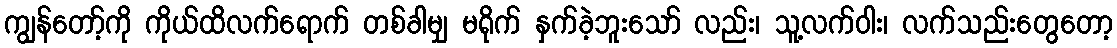
ကျွန်တော့်ကို ကိုယ်ထိလက်ရောက် တစ်ခါမျှ မရိုက် နှက်ခဲ့ဘူးသော် လည်း၊ သူ့လက်ဝါး၊ လက်သည်းတွေတော့